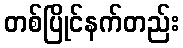
တစ်ပြိုင်နက်တည်း